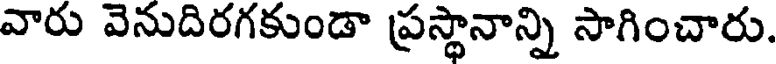
వారు వెనుదిరగకుండా ప్రస్థానాన్ని సాగించారు.